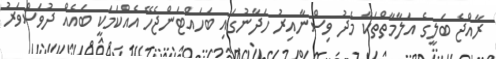
ރާއްޖެ ބަލީގެ އަލާމާތްތަކާ މެދު ވިސްނާއިރު ހަދާނުގައި ބަހައްޓަންޖެހޭ އެއްކަމަކީ ބައެއް ދުވަސްވަރު